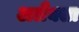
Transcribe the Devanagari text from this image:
अलैक्सा